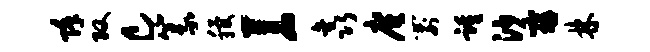
除攻c篆稷苍鑫廑箭踵沙寇林